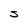
Character: S